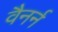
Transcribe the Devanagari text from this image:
वैनर्न